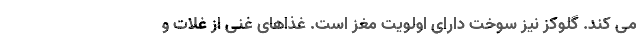
می کند. گلوکز نیز سوخت دارای اولویت مغز است. غذاهای غنی از غلات و